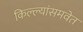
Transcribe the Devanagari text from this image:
किल्ल्यांसमवेत